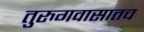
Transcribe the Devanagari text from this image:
तुरुगवासातच